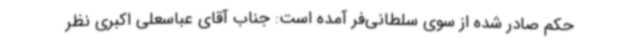
حکم صادر شده از سوی سلطانی‌فر آمده است: جناب آقای عباسعلی اکبری نظر